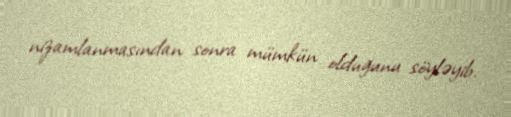
nizamlanmasından sonra mümkün olduğunu söyləyib.